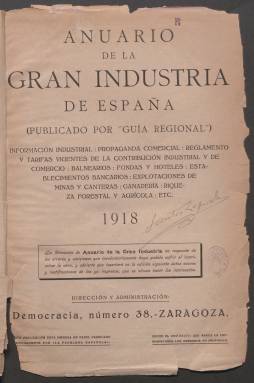
Título: Anuario de la gran industria de España
Colección: Industria || Guías y directorios
Ámbito geográfico: Zaragoza
Lugar de publicación: Zaragoza
Fechas: 01/01/1918-31/12/1918